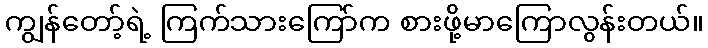
ကျွန်တော့်ရဲ့ ကြက်သားကြော်က စားဖို့မာကြောလွန်းတယ်။